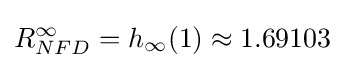
R_{NFD}^{\infty }=h_{\infty }(1)\approx 1.69103